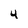
Character: 4